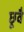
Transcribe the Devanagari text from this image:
छूवै